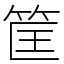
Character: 筐